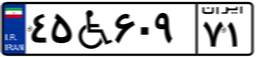
۹۳W۳۶۱۰۴